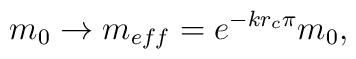
m_0 \to m_{eff} = e^{-kr_c\pi}m_0 ,